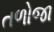
તળોજા